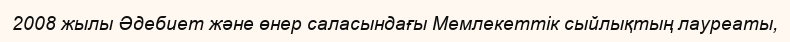
2008 жылы Әдебиет және өнер саласындағы Мемлекеттік сыйлықтың лауреаты,